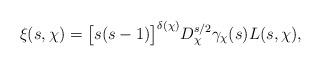
LaTeX: \begin{align*}\xi(s, \chi) = \big[ s(s-1) \big]^{\delta(\chi)} D_{\chi}^{s/2} \gamma_{\chi}(s) L(s, \chi),\end{align*}